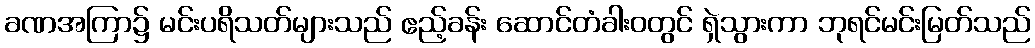
ခဏအကြာ၌ မင်းပရိသတ်များသည် ဧည့်ခန်း ဆောင်တံခါးဝတွင် ရှဲသွားကာ ဘုရင်မင်းမြတ်သည်